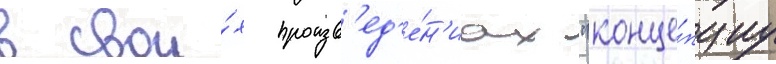
в свои́х произв'ед'е́н'иах "конце́пциу